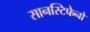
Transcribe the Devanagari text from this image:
सानस्टिफेनो